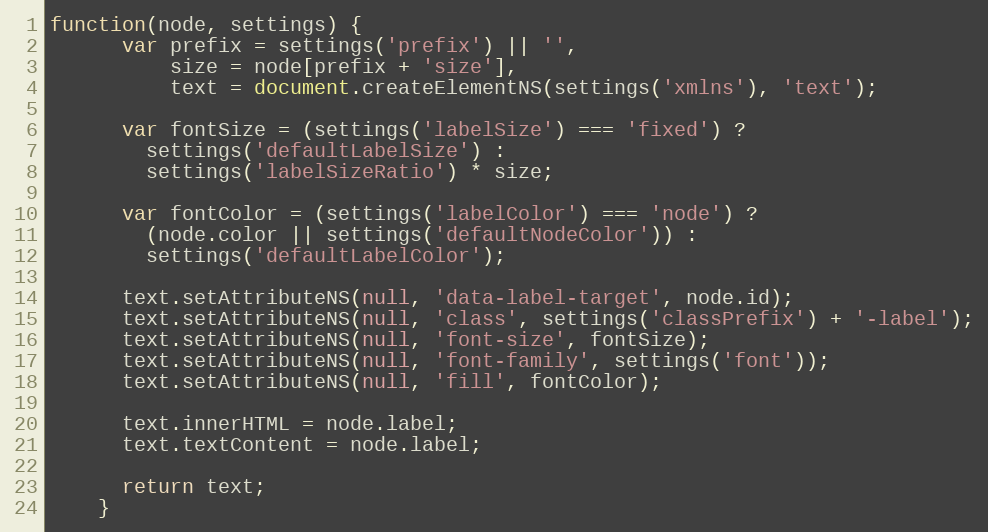
Language: JavaScript
function(node, settings) {
      var prefix = settings('prefix') || '',
          size = node[prefix + 'size'],
          text = document.createElementNS(settings('xmlns'), 'text');

      var fontSize = (settings('labelSize') === 'fixed') ?
        settings('defaultLabelSize') :
        settings('labelSizeRatio') * size;

      var fontColor = (settings('labelColor') === 'node') ?
        (node.color || settings('defaultNodeColor')) :
        settings('defaultLabelColor');

      text.setAttributeNS(null, 'data-label-target', node.id);
      text.setAttributeNS(null, 'class', settings('classPrefix') + '-label');
      text.setAttributeNS(null, 'font-size', fontSize);
      text.setAttributeNS(null, 'font-family', settings('font'));
      text.setAttributeNS(null, 'fill', fontColor);

      text.innerHTML = node.label;
      text.textContent = node.label;

      return text;
    }